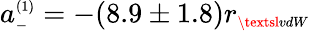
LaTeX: a_{\scriptscriptstyle-}^{\scriptscriptstyle(1)}=-(8.9\pm 1.8)r_{\scriptscriptstyle\textsl{vdW}}